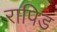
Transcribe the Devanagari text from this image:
रापिड